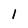
Character: l